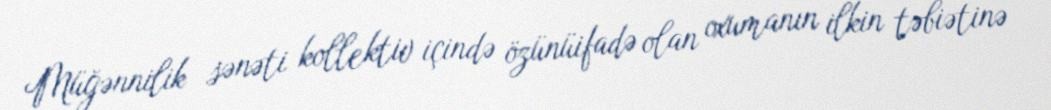
Müğənnilik sənəti kollektiv içində özünüifadə olan oxumanın ilkin təbiətinə